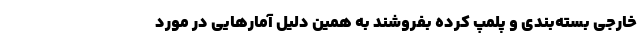
خارجی بسته‌بندی و پلمپ کرده بفروشند به همین دلیل آمارهایی در مورد